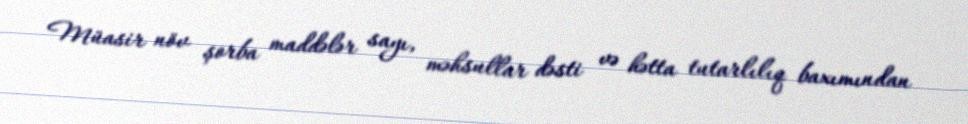
Müasir növ şorba maddələr sayı, məhsullar dəsti və hətta tutarlılıq baxımından